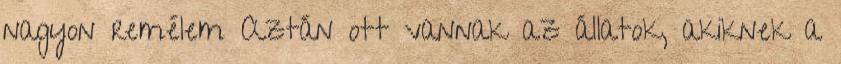
nagyon remélem Aztán ott vannak az állatok, akiknek a